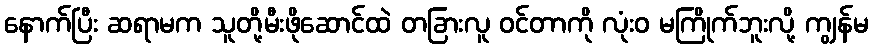
နောက်ပြီး ဆရာမက သူတို့မီးဖိုဆောင်ထဲ တခြားလူ ဝင်တာကို လုံးဝ မကြိုက်ဘူးလို့ ကျွန်မ